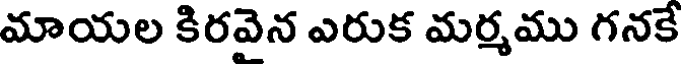
మాయల కిరవెన ఎరుక మర్మము గనకే